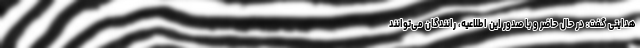
هدایتی گفت: در حال حاضر و با صدور این اطلاعیه، رانندگان می‌توانند